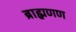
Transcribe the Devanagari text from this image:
ब्राह्मणण